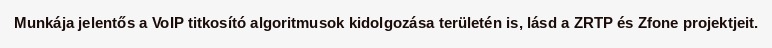
Munkája jelentős a VoIP titkosító algoritmusok kidolgozása területén is, lásd a ZRTP és Zfone projektjeit.